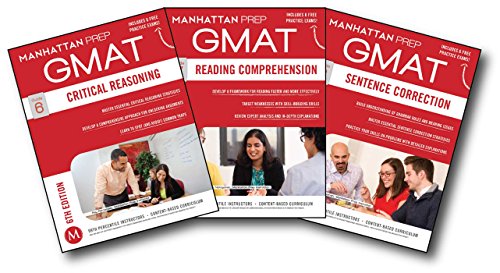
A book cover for GMAT Verbal Strategy Guide Set (Manhattan Prep GMAT Strategy Guides); Manhattan Prep; Test Preparation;